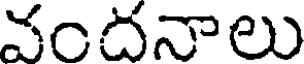
వందనాలు